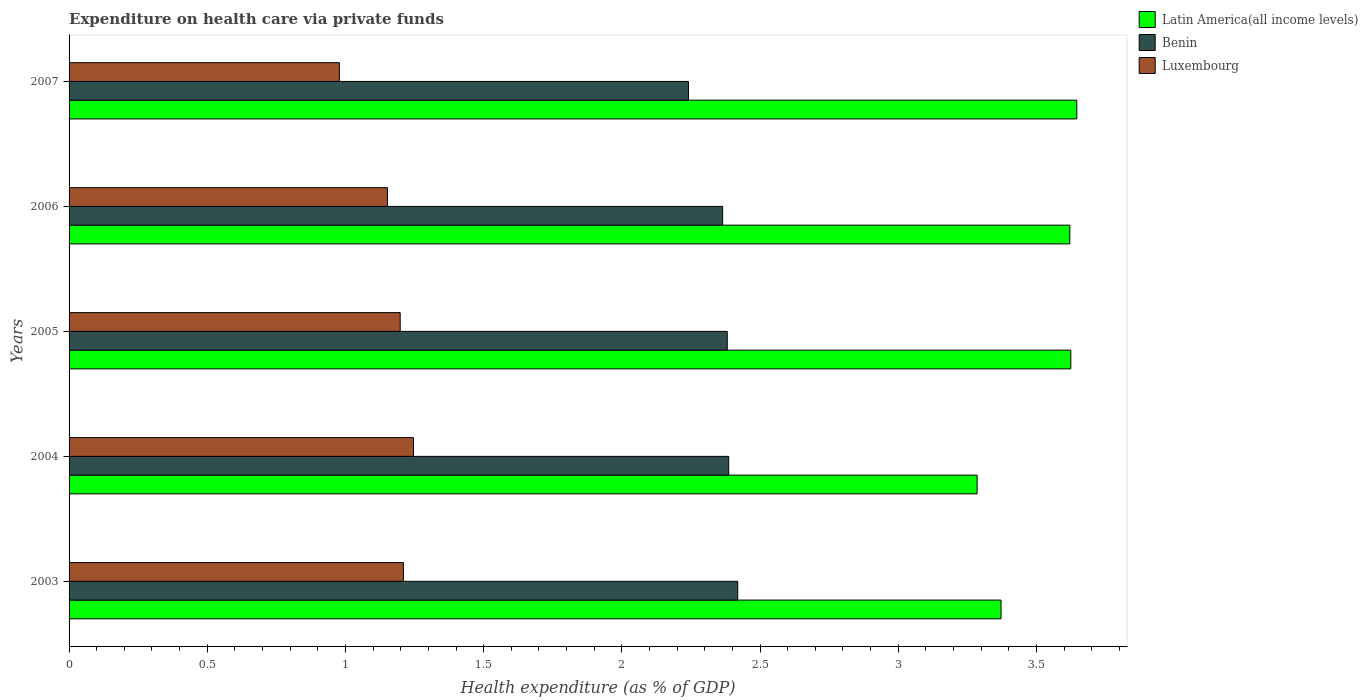
| Years | Latin America(all income levels) | Benin | Luxembourg |
 | --- | --- | --- | --- |
 | 2003 | 3.37 | 2.42 | 1.21 |
 | 2004 | 3.29 | 2.39 | 1.25 |
 | 2005 | 3.62 | 2.38 | 1.2 |
 | 2006 | 3.62 | 2.36 | 1.15 |
 | 2007 | 3.65 | 2.24 | 0.978 |